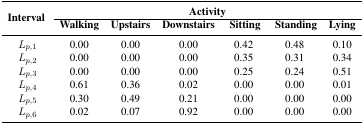
| <ROWSPAN=3> Interval | <COLSPAN=6> Activity |
 | Walking | Upstairs | Downstairs | Sitting | Standing | Lying |
 | --- | --- | --- | --- | --- | --- | --- |
 | Lp,1 | 0.00 | 0.00 | 0.00 | 0.42 | 0.48 | 0.10 |
 | Lp,2 | 0.00 | 0.00 | 0.00 | 0.35 | 0.31 | 0.34 |
 | Lp,3 | 0.00 | 0.00 | 0.00 | 0.25 | 0.24 | 0.51 |
 | Lp,4 | 0.61 | 0.36 | 0.02 | 0.00 | 0.00 | 0.01 |
 | Lp,5 | 0.30 | 0.49 | 0.21 | 0.00 | 0.00 | 0.00 |
 | Lp,6 | 0.02 | 0.07 | 0.92 | 0.00 | 0.00 | 0.00 |